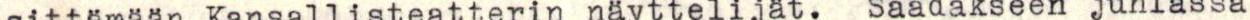
sittämään Kansallisteatterin näyttelijät.  Saadakseen juhlassa